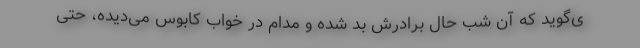
ی‌گوید که آن شب حال برادرش بد شده و مدام در خواب کابوس می‌دیده، حتی